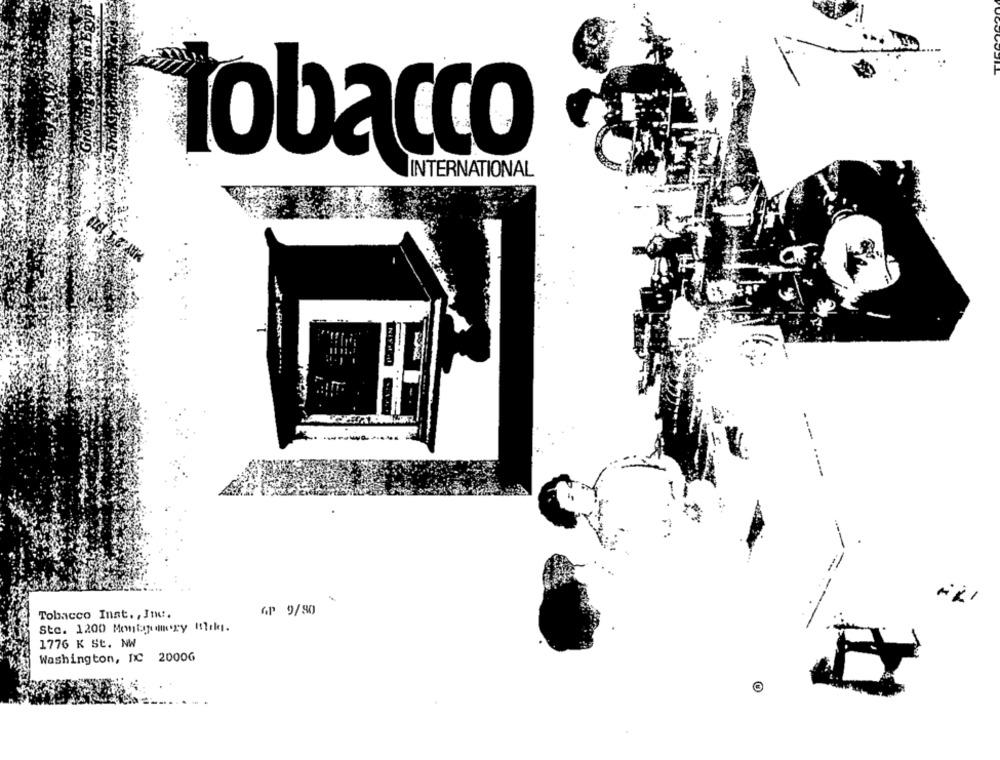
tobacco
INTERNATIONAL
---
Tobacco Inat. , Jne.
GP 9/90
Sto. 1200 Montgomery miki.
1776 K St. NW
Washington, DC 20006